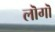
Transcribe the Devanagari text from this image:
लॊगॊ